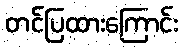
တင်ပြထားကြောင်း